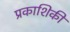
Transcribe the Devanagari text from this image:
प्रकाशिकी